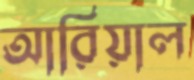
আরিয়াল